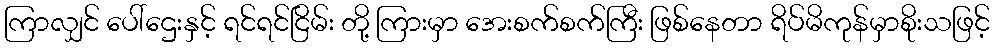
ကြာလျှင် ပေါ်ဌေးနှင့် ရင်ရင်ငြိမ်း တို့ ကြားမှာ အေးစက်စက်ကြီး ဖြစ်နေတာ ရိပ်မိကုန်မှာစိုးသဖြင့်